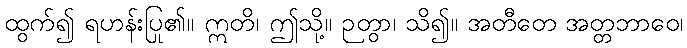
ထွက်၍ ရဟန်းပြု၏။ ဣတိ၊ ဤသို့။ ဉတွာ၊ သိ၍။ အတီတေ အတ္တဘာဝေ၊